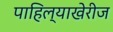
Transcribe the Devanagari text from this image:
पाहिल्याखेरीज